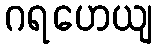
ဂရဟေယျ